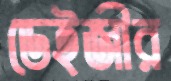
ডেইজীর